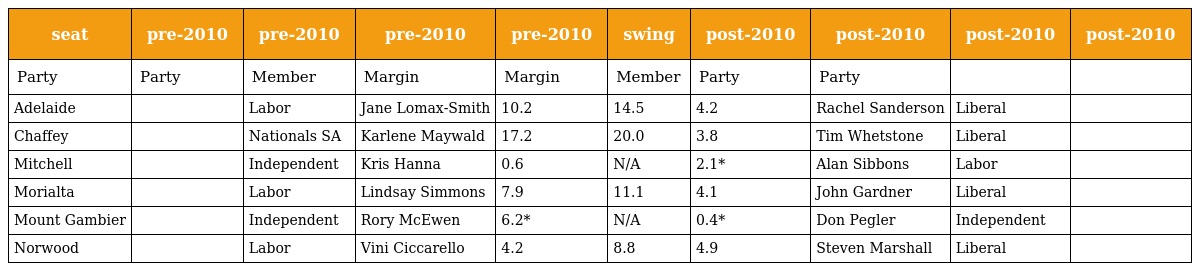
| seat | pre-2010 | pre-2010 | pre-2010 | pre-2010 | swing | post-2010 | post-2010 | post-2010 | post-2010 |
 | --- | --- | --- | --- | --- | --- | --- | --- | --- | --- |
 | Party | Party | Member | Margin | Margin | Member | Party | Party |  |  |
 | Adelaide |  | Labor | Jane Lomax-Smith | 10.2 | 14.5 | 4.2 | Rachel Sanderson | Liberal |  |
 | Chaffey |  | Nationals SA | Karlene Maywald | 17.2 | 20.0 | 3.8 | Tim Whetstone | Liberal |  |
 | Mitchell |  | Independent | Kris Hanna | 0.6 | N/A | 2.1* | Alan Sibbons | Labor |  |
 | Morialta |  | Labor | Lindsay Simmons | 7.9 | 11.1 | 4.1 | John Gardner | Liberal |  |
 | Mount Gambier |  | Independent | Rory McEwen | 6.2* | N/A | 0.4* | Don Pegler | Independent |  |
 | Norwood |  | Labor | Vini Ciccarello | 4.2 | 8.8 | 4.9 | Steven Marshall | Liberal |  |